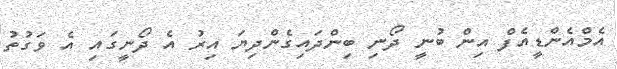
އެމްއެންޑީއެފް އިން ބުނީ ދޯނި ބިންދައިގެންދިޔަ އިރު އެ ދޯނީގައި އެ ވަގުތު